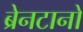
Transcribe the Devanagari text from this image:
ब्रेनटानो